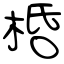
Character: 桰